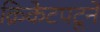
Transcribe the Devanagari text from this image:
क्रिकेटपटूने